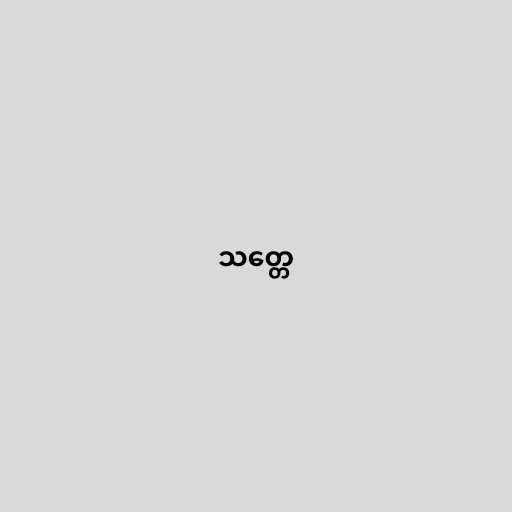
သတ္တေ